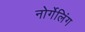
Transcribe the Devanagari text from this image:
नोर्गेलिंग